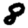
Digit: 8